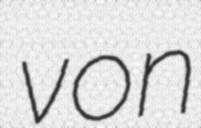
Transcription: von